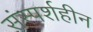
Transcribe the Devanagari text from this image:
संस्पर्शहीन